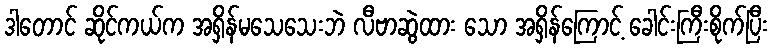
ဒါတောင် ဆိုင်ကယ်က အရှိန်မသေသေးဘဲ လီဗာဆွဲထား သော အရှိန်ကြောင့် ခေါင်းကြီးစိုက်ပြီး